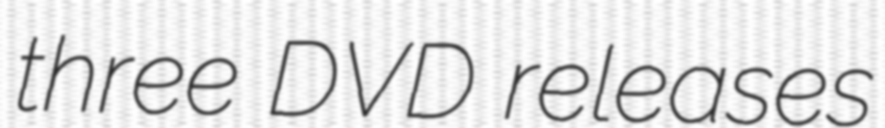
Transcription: three DVD releases